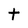
Character: t